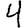
Digit: 4